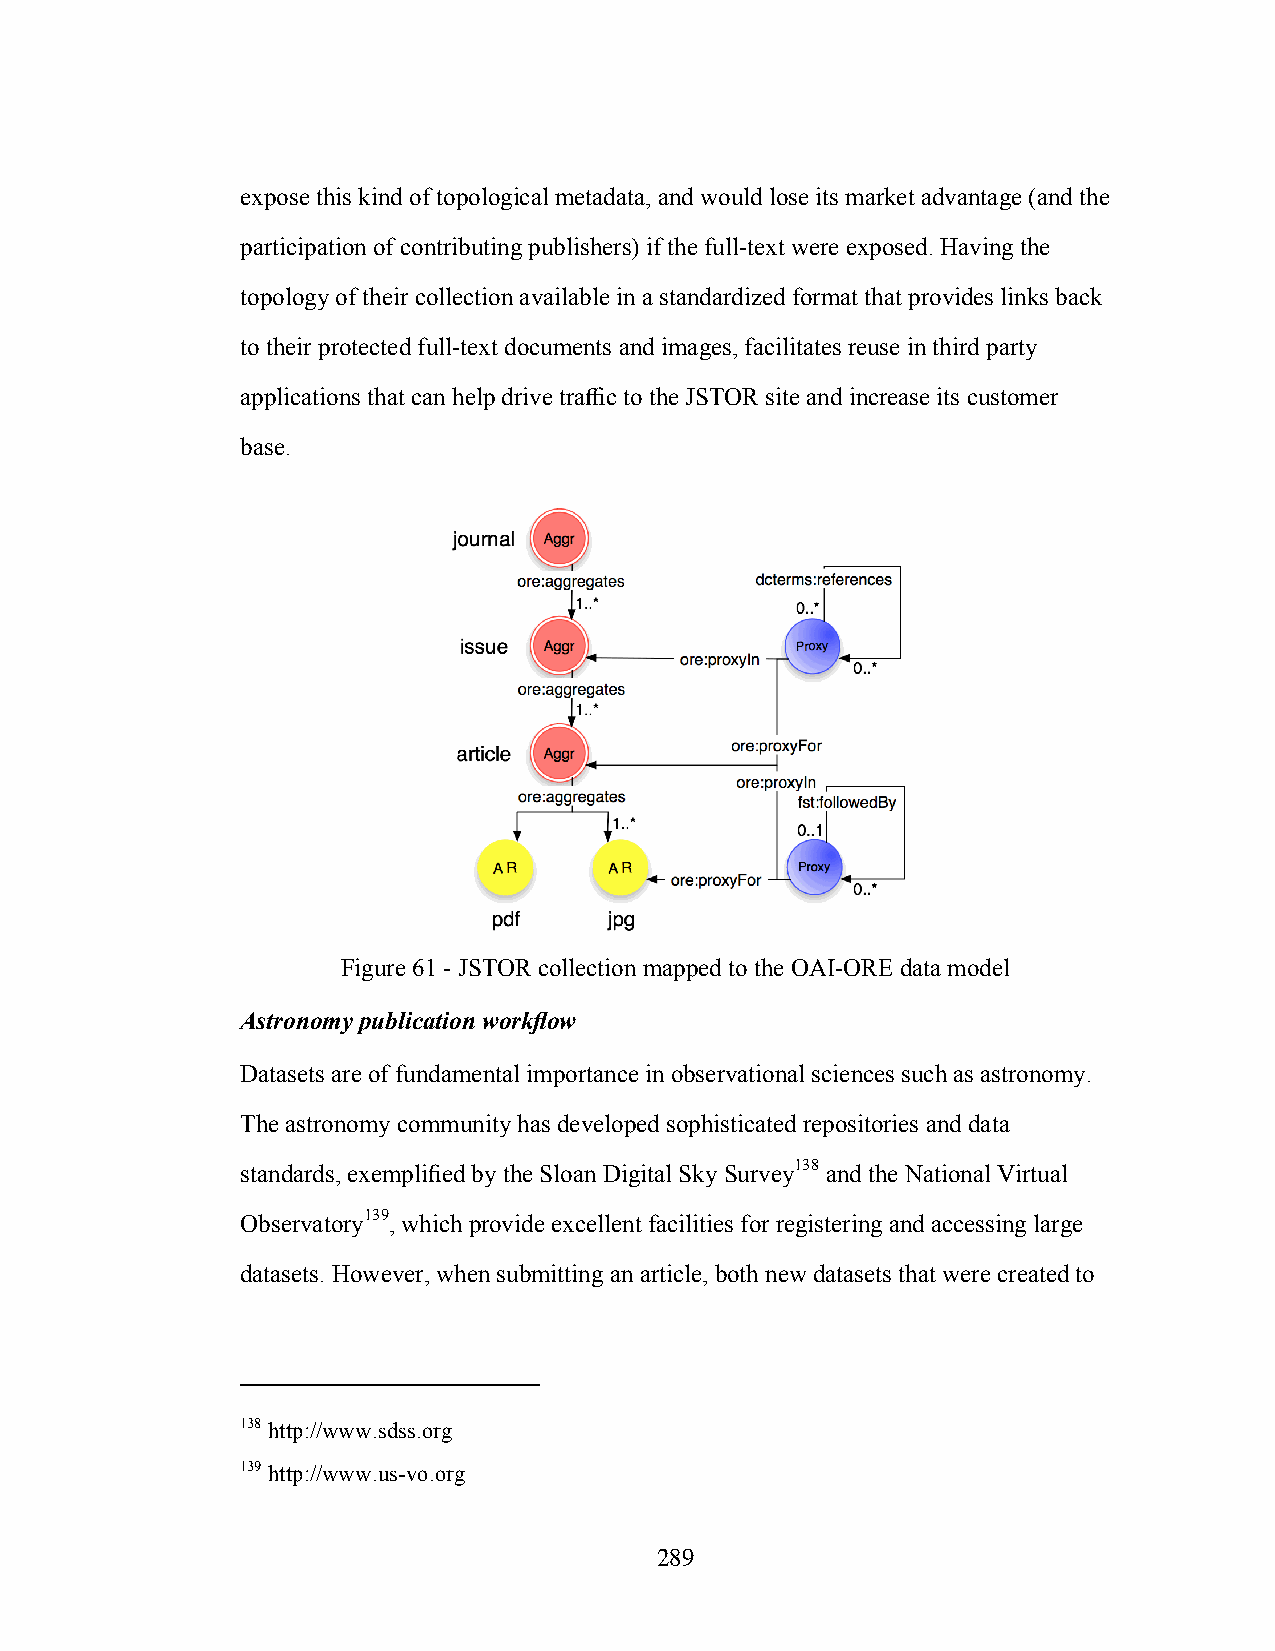
expose this kind of topological metadata, and would lose its market advantage (and the
 participation of contributing publishers) if the full-text were exposed. Having the
 topology of their collection available in a standardized format that provides links back
 to their protected full-text documents and images, facilitates reuse in third party
 applications that can help drive traffic to the JSTOR site and increase its customer
 base.
 Figure 61 - JSTOR collection mapped to the OAI-ORE data model
 Astronomy publication workflow
 Datasets are of fundamental importance in observational sciences such as astronomy.
 The astronomy community has developed sophisticated repositories and data
 standards, exemplified by the Sloan Digital Sky Survey138 and the National Virtual
 Observatory139, which provide excellent facilities for registering and accessing large
 datasets. However, when submitting an article, both new datasets that were created to
 138 http://www.sdss.org
 139 http://www.us-vo.org
 289